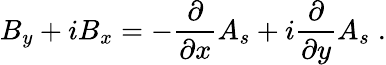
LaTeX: B_{y}+iB_{x}=-\frac{\partial}{\partial x}A_{s}+i\frac{\partial}{\partial y}A_{s}\; .